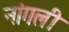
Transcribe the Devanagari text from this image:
नांगली